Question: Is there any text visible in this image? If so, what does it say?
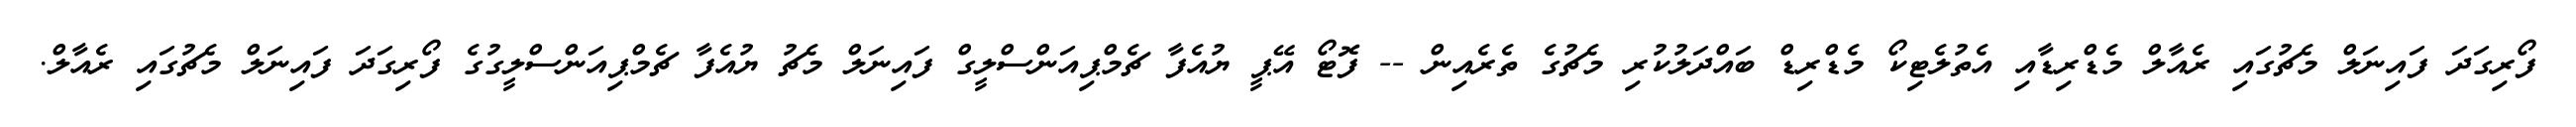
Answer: ފޯރިގަދަ ފައިނަލް މެޗުގައި ރެއާލް މެޑްރިޑާއި އެތުލެޓިކޯ މެޑްރިޑް ބައްދަލުކުރި މެޗުގެ ތެރެއިން -- ފޮޓޯ އޭޕީ ޔުއެފާ ޗެމްޕިއަންސްލީގް ފައިނަލް މެޗު ޔުއެފާ ޗެމްޕިއަންސްލީގުގެ ފޯރިގަދަ ފައިނަލް މެޗުގައި ރެއާލް.